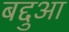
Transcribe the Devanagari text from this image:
बद्दुआ